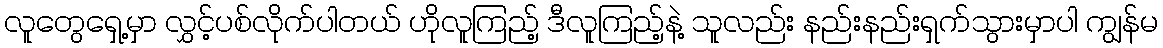
လူတွေရှေ့မှာ လွှင့်ပစ်လိုက်ပါတယ် ဟိုလူကြည့် ဒီလူကြည့်နဲ့ သူလည်း နည်းနည်းရှက်သွားမှာပါ ကျွန်မ